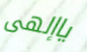
ياإلهى